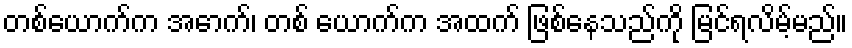
တစ်ယောက်က အောက်၊ တစ် ယောက်က အထက် ဖြစ်နေသည်ကို မြင်ရလိမ့်မည်။